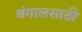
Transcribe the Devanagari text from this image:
बंगालसाठी